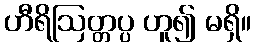
ဟီရိဩတ္တပ္ပ ဟူ၍ မရှိ။